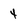
Character: 4